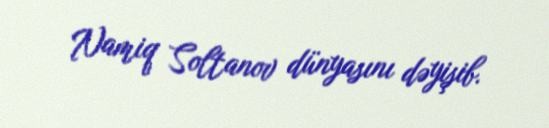
Namiq Soltanov dünyasını dəyişib.